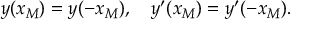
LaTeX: y ( x _ { M } ) = y ( - x _ { M } ) , \quad y ^ { \prime } ( x _ { M } ) = y ^ { \prime } ( - x _ { M } ) .